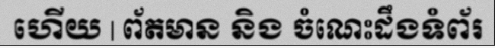
ហើយ | ព័តមាន និង ចំណេះដឹងទំព័រ